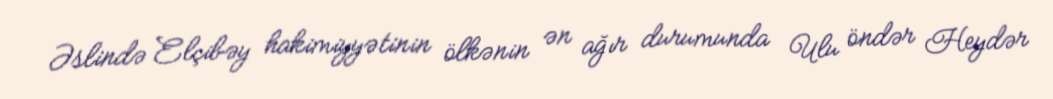
Əslində Elçibəy hakimiyyətinin ölkənin ən ağır durumunda Ulu öndər Heydər